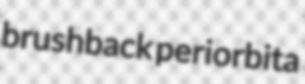
brushback periorbita